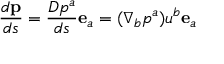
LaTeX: \frac { d \mathbf { p } } { d s } = \frac { D p ^ { a } } { d s } \mathbf { e } _ { a } = ( \nabla _ { b } p ^ { a } ) u ^ { b } \mathbf { e } _ { a }